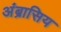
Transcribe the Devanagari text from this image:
अंब्रासिय